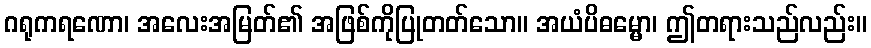
ဂရုကရဏော၊ အလေးအမြတ်၏ အဖြစ်ကိုပြုတတ်သော။ အယံပိဓမ္မော၊ ဤတရားသည်လည်း။